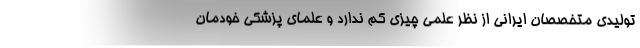
تولیدی متخصصان ایرانی از نظر علمی چیزی کم ندارد و علمای پزشکی خودمان